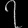
Digit: ၇